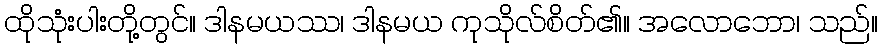
ထိုသုံးပါးတို့တွင်။ ဒါနမယဿ၊ ဒါနမယ ကုသိုလ်စိတ်၏။ အလောဘော၊ သည်။